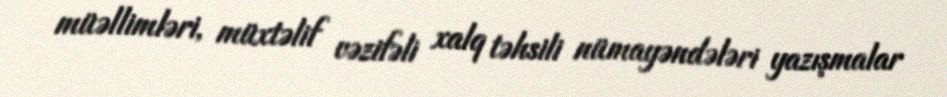
müəllimləri, müxtəlif vəzifəli xalq təhsili nümayəndələri yazışmalar